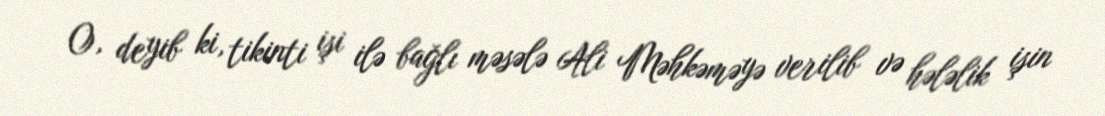
O, deyib ki, tikinti işi ilə bağlı məsələ Ali Məhkəməyə verilib və hələlik işin